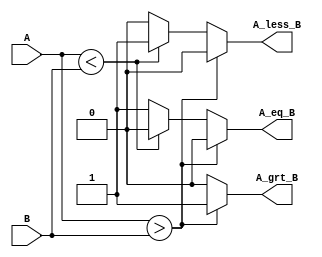
module Nbit_Comparator(A,B,A_grt_B,A_eq_B,A_less_B);
parameter n=16;
input [n-1:0] A, B;
output reg A_grt_B, A_less_B, A_eq_B;
  
  always@(*) begin
    A_grt_B = 0; A_less_B = 0; A_eq_B = 0;
    if(A>B) A_grt_B = 1'b1;
    else if(A<B) A_less_B = 1'b1;
    else A_eq_B = 1'b1;
  end
endmodule